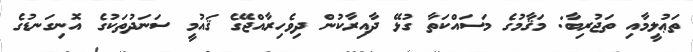
ތަޢުލީމާއި ތަޖުރިބާ: މަޤާމުގެ މަސައްކަތާ ގުޅޭ ދާއިރާކުން ދިވެހިރާއްޖޭގެ ޤައުމީ ސަނަދުތަކުގެ އޮނިގަނޑުގެ